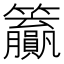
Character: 𬖊